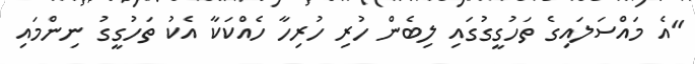
"އެ މައްސަލައިގެ ތަހުގީގުގައި ލިބެން ހުރި ހުރިހާ ހެއްކަކާ އެކު ތަހުގީގު ނިންމައި